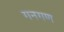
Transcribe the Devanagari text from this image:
गनगण